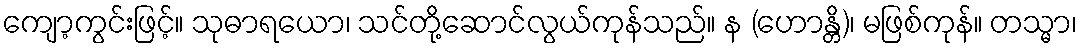
ကျော့ကွင်းဖြင့်။ သုဓာရယော၊ သင်တို့ဆောင်လွယ်ကုန်သည်။ န (ဟောန္တိ)၊ မဖြစ်ကုန်။ တသ္မာ၊